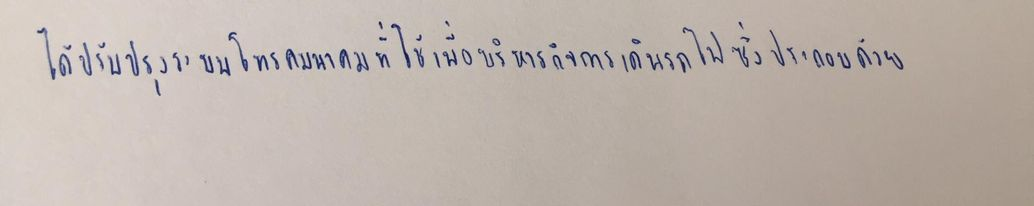
ได้ปรับปรุงระบบโทรคมนาคมที่ใช้เพื่อบริหารกิจการเดินรถไฟซึ่งประกอบด้วย